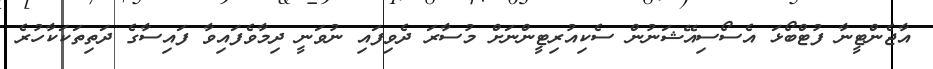
އާޖެންޓީނާ ފުޓްބޯޅަ އެސޯސިއޭޝަނުން ސެކިއުރިޓީންނަށް މުސާރަ ދެވިފައި ނުވަނީ ދިމާވެފައިވާ ފައިސާގެ ދަތިތަކަކާހުރެ